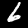
Digit: 6